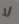
لا